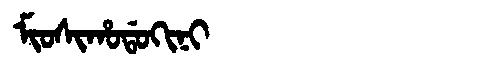
Manchu: ᠮᡳᠣᠰᡳᡥᠣᡩᠣᡴᡳᠨᡳ
Romanization: MIOSIHODOKINI